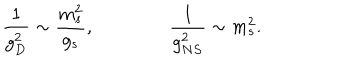
\frac { 1 } { g _ { D } ^ { 2 } } \sim \frac { m _ { s } ^ { 2 } } { g _ { s } } , \qquad \qquad \frac { 1 } { g _ { N S } ^ { 2 } } \sim m _ { s } ^ { 2 } .